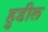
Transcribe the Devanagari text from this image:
हुडील